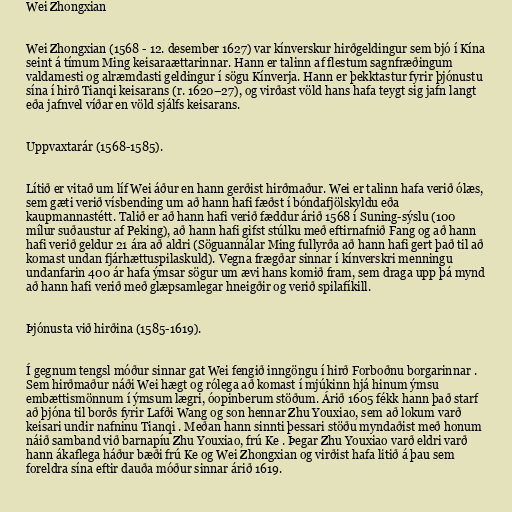
Wei Zhongxian

Wei Zhongxian (1568 - 12. desember 1627) var kínverskur hirðgeldingur sem bjó í Kína
seint á tímum Ming keisaraættarinnar. Hann er talinn af flestum sagnfræðingum
valdamesti og alræmdasti geldingur í sögu Kínverja. Hann er þekktastur fyrir þjónustu
sína í hirð Tianqi keisarans (r. 1620–27), og virðast völd hans hafa teygt sig jafn langt
eða jafnvel víðar en völd sjálfs keisarans.

Uppvaxtarár (1568-1585).

Lítið er vitað um líf Wei áður en hann gerðist hirðmaður. Wei er talinn hafa verið ólæs,
sem gæti verið vísbending um að hann hafi fæðst í bóndafjölskyldu eða
kaupmannastétt. Talið er að hann hafi verið fæddur árið 1568 í Suning-sýslu (100
mílur suðaustur af Peking), að hann hafi gifst stúlku með eftirnafnið Fang og að hann
hafi verið geldur 21 ára að aldri (Söguannálar Ming fullyrða að hann hafi gert það til að
komast undan fjárhættuspilaskuld). Vegna frægðar sinnar í kínverskri menningu
undanfarin 400 ár hafa ýmsar sögur um ævi hans komið fram, sem draga upp þá mynd
að hann hafi verið með glæpsamlegar hneigðir og verið spilafíkill.

Þjónusta við hirðina (1585-1619).

Í gegnum tengsl móður sinnar gat Wei fengið inngöngu í hirð Forboðnu borgarinnar .
Sem hirðmaður náði Wei hægt og rólega að komast í mjúkinn hjá hinum ýmsu
embættismönnum í ýmsum lægri, óopinberum stöðum. Árið 1605 fékk hann það starf
að þjóna til borðs fyrir Lafði Wang og son hennar Zhu Youxiao, sem að lokum varð
keisari undir nafninu Tianqi . Meðan hann sinnti þessari stöðu myndaðist með honum
náið samband við barnapíu Zhu Youxiao, frú Ke . Þegar Zhu Youxiao varð eldri varð
hann ákaflega háður bæði frú Ke og Wei Zhongxian og virðist hafa litið á þau sem
foreldra sína eftir dauða móður sinnar árið 1619.